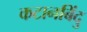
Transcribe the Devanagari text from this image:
कटानबिंदु